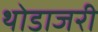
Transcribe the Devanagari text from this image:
थोडाजरी